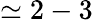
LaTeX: \simeq 2-3